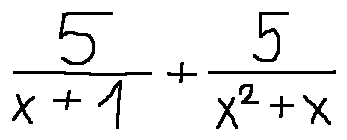
\frac { 5 } { x + 1 } + \frac { 5 } { x ^ { 2 } + x }